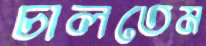
চালতেম